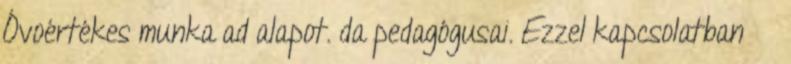
Óvoértékes munka ad alapot. da pedagógusai. Ezzel kapcsolatban ··